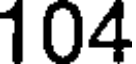
104